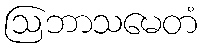
ဩဘာသမေတံ